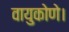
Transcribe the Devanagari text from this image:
वायुकोणे।